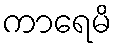
ကာရေမိ